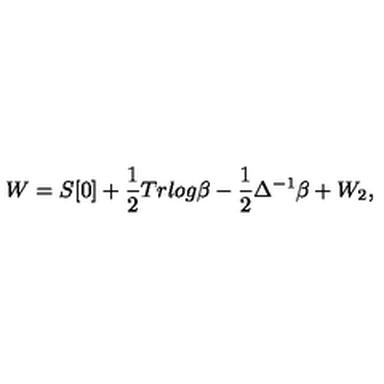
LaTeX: W = S [ 0 ] + \frac { 1 } { 2 } T r l o g \beta - \frac { 1 } { 2 } \Delta ^ { - 1 } \beta + W _ { 2 } ,